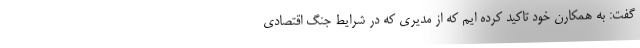
گفت: به همکارن خود تاکید کرده ایم که از مدیری که در شرایط جنگ اقتصادی